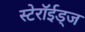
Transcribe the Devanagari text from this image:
स्टेरॉईड्ज